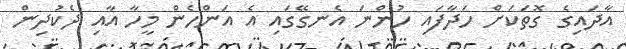
އާދައިގެ ގޮތަކަށް ހަދާފައި ހުންނަ އެނގޭގައި އެ އަންހެން މީހާ އާއި ދެކުދިން